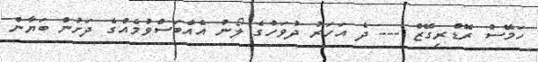
ހަމޭސް ރޮޑްރިގޭޒް --- ދެ އަަހަރު ދުވަހުގެ ލޯނު އެއްބަސްވުމެއްގެ ދަށުން ބަޔާން